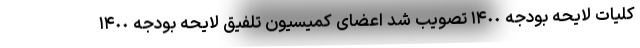
کلیات لایحه بودجه ١۴٠٠ تصویب شد اعضای کمیسیون تلفیق لایحه بودجه ١۴٠٠